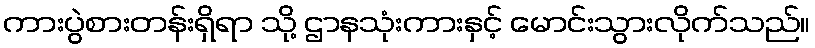
ကားပွဲစားတန်းရှိရာ သို့ ဌာနသုံးကားနှင့် မောင်းသွားလိုက်သည်။